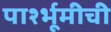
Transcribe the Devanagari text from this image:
पार्श्भूमीची